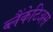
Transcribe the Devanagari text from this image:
ब्लैंकेटिअस